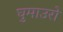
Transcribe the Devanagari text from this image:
घुमाउरो